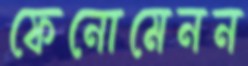
ফেনোমেনন